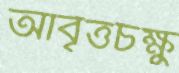
আবৃত্তচক্ষু